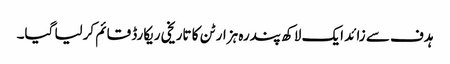
ہدف سے زائد ایک لاکھ پندرہ ہزار ٹن کا تاریخی ریکارڈ قائم کرلیا گیا۔